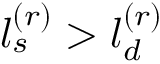
l _ { s } ^ { ( r ) } > l _ { d } ^ { ( r ) }